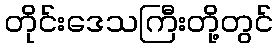
တိုင်းဒေသကြီးတို့တွင်